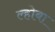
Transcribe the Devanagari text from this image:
ल्होबा